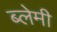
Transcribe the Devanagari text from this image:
ब्लेमी